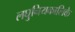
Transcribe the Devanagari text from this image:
लघुनियकालिके